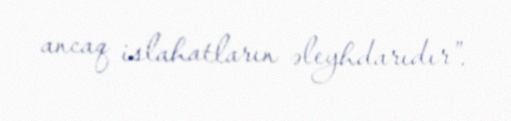
ancaq islahatların əleyhdarıdır”.